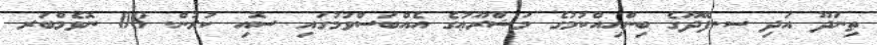
ތިނަދޫ އަދި ސ.ފޭދޫގެ ބިންހިއްކުމުގެ މަޝްރޫޢުގެ އެއްބަސްވުމުގައި ސޮއި ކުރުން. 08 ނޮވެމްބަރ